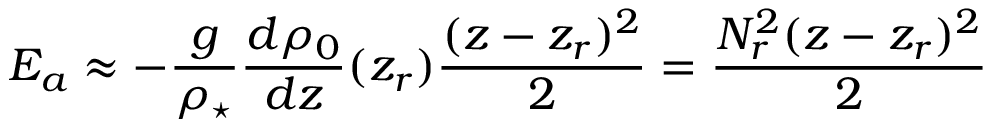
E _ { a } \approx - \frac { g } { \rho _ { \star } } \frac { d \rho _ { 0 } } { d z } ( z _ { r } ) \frac { ( z - z _ { r } ) ^ { 2 } } { 2 } = \frac { N _ { r } ^ { 2 } ( z - z _ { r } ) ^ { 2 } } { 2 }